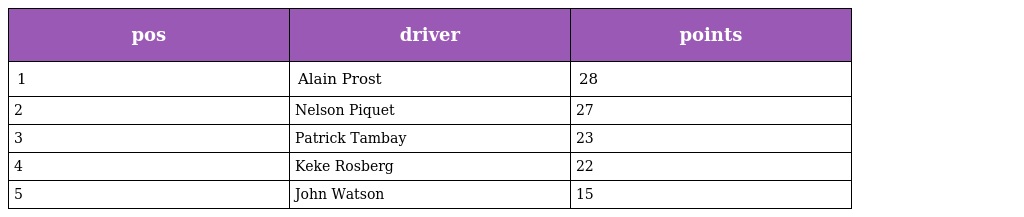
| pos | driver | points |
 | --- | --- | --- |
 | 1 | Alain Prost | 28 |
 | 2 | Nelson Piquet | 27 |
 | 3 | Patrick Tambay | 23 |
 | 4 | Keke Rosberg | 22 |
 | 5 | John Watson | 15 |